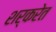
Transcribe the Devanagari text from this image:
शर्करेत